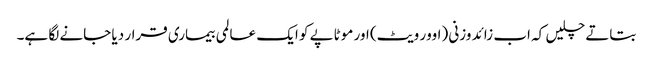
بتاتے چلیں کہ اب زائد وزنی (اوور ویٹ) اور موٹاپے کو ایک عالمی بیماری قرار دیا جانے لگا ہے۔